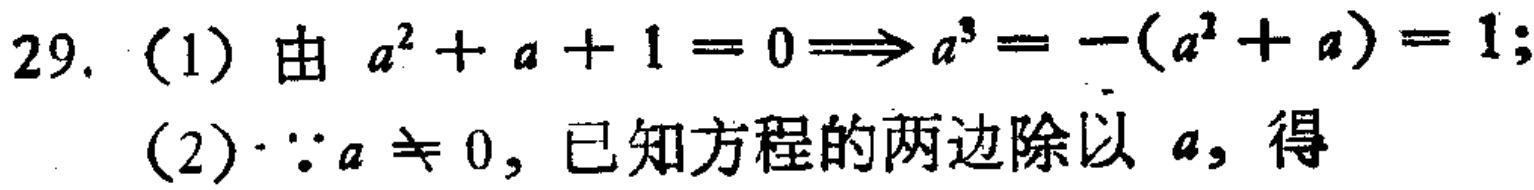
29. (1) 由 \(a^{2}+a + 1 = 0\Longrightarrow a^{3}=-(a^{2}+a)=1\);
(2) \(\because a\neq 0\), 已知方程的两边除以 \(a\), 得